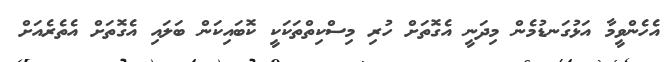
އެހެންވީމާ އަޅުގަނޑުމެން މިދަނީ އެގޮތަށް ހުރި މިސްކިތްތަކަކީ ކޮބައިކަން ބަލައި އެގޮތަށް އެތެރެއަށް